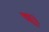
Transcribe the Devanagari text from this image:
प्।